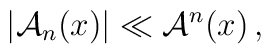
\left|{\cal A}_n(x)\right| \ll {\cal A}^n(x) \, ,